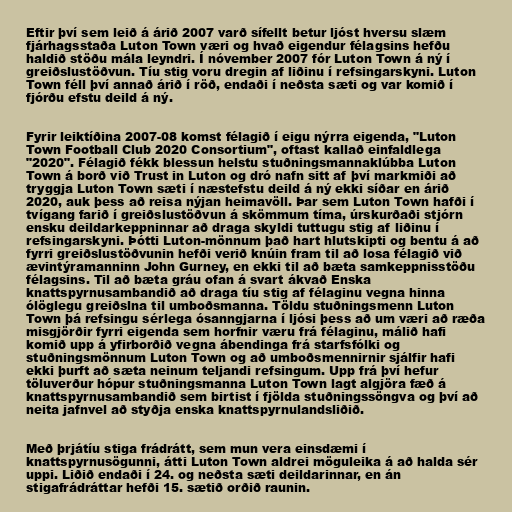
Eftir því sem leið á árið 2007 varð sífellt betur ljóst hversu slæm
fjárhagsstaða Luton Town væri og hvað eigendur félagsins hefðu
haldið stöðu mála leyndri. Í nóvember 2007 fór Luton Town á ný í
greiðslustöðvun. Tíu stig voru dregin af liðinu í refsingarskyni. Luton
Town féll því annað árið í röð, endaði í neðsta sæti og var komið í
fjórðu efstu deild á ný.

Fyrir leiktíðina 2007-08 komst félagið í eigu nýrra eigenda, "Luton
Town Football Club 2020 Consortium", oftast kallað einfaldlega
"2020". Félagið fékk blessun helstu stuðningsmannaklúbba Luton
Town á borð við Trust in Luton og dró nafn sitt af því markmiði að
tryggja Luton Town sæti í næstefstu deild á ný ekki síðar en árið
2020, auk þess að reisa nýjan heimavöll. Þar sem Luton Town hafði í
tvígang farið í greiðslustöðvun á skömmum tíma, úrskurðaði stjórn
ensku deildarkeppninnar að draga skyldi tuttugu stig af liðinu í
refsingarskyni. Þótti Luton-mönnum það hart hlutskipti og bentu á að
fyrri greiðslustöðvunin hefði verið knúin fram til að losa félagið við
ævintýramanninn John Gurney, en ekki til að bæta samkeppnisstöðu
félagsins. Til að bæta gráu ofan á svart ákvað Enska
knattspyrnusambandið að draga tíu stig af félaginu vegna hinna
ólöglegu greiðslna til umboðsmanna. Töldu stuðningsmenn Luton
Town þá refsingu sérlega ósanngjarna í ljósi þess að um væri að ræða
misgjörðir fyrri eigenda sem horfnir væru frá félaginu, málið hafi
komið upp á yfirborðið vegna ábendinga frá starfsfólki og
stuðningsmönnum Luton Town og að umboðsmennirnir sjálfir hafi
ekki þurft að sæta neinum teljandi refsingum. Upp frá því hefur
töluverður hópur stuðningsmanna Luton Town lagt algjöra fæð á
knattspyrnusambandið sem birtist í fjölda stuðningssöngva og því að
neita jafnvel að styðja enska knattspyrnulandsliðið.

Með þrjátíu stiga frádrátt, sem mun vera einsdæmi í
knattspyrnusögunni, átti Luton Town aldrei möguleika á að halda sér
uppi. Liðið endaði í 24. og neðsta sæti deildarinnar, en án
stigafrádráttar hefði 15. sætið orðið raunin.